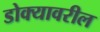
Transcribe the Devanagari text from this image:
डोक्‍यावरील